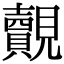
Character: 覿